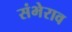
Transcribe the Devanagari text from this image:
संभेराव